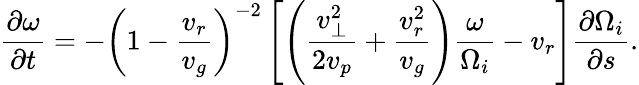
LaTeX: \frac{\partial\omega}{\partial t}=-\left(1-\frac{v_{r}}{v_{g}}\right)^{-2}\left[\left(\frac{v_{\perp}^{2}}{2v_{p}}+\frac{v_{r}^{2}}{v_{g}}\right)\frac{\omega}{\Omega_{i}}-v_{r}\right]\frac{\partial\Omega_{i}}{\partial s}.